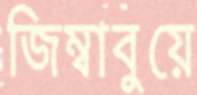
জিম্বাবুয়ে